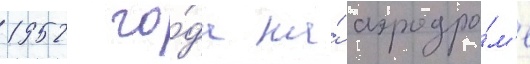
1952 го́да на́ аэродро́м'е